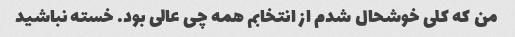
من که کلی خوشحال شدم از انتخابم همه چی عالی بود. خسته نباشید